Report of the Indian Hemp Drugs Commission, 1894-1895 - Volume IV
Year: 1894
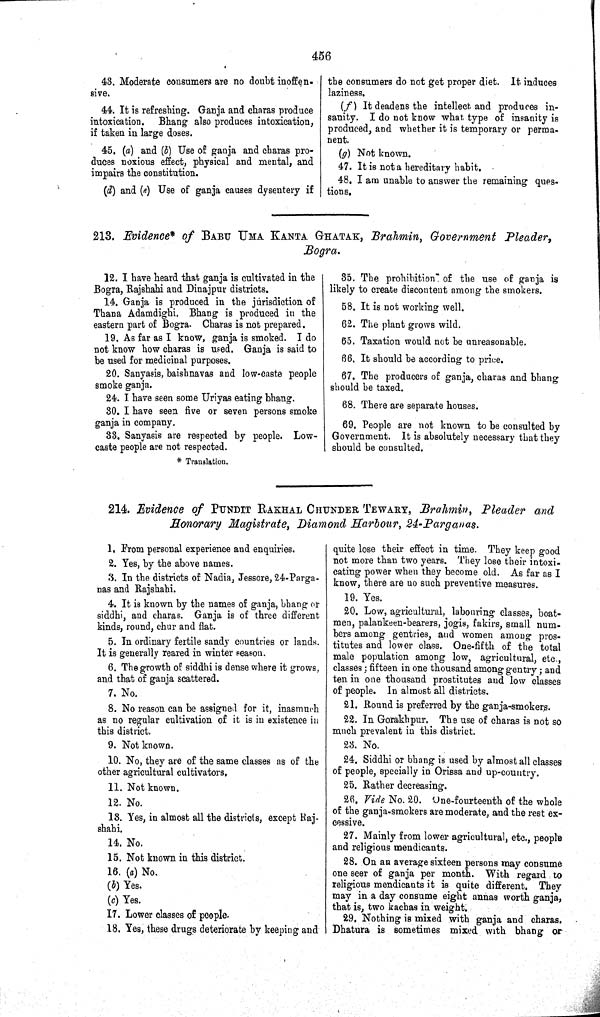
456
43. Moderate consumers are no doubt inoffen-
sive.
44. It is refreshing. Ganja and charas produce
intoxication. Bhang also produces intoxication,
if taken in large doses.
45. (a) and (b) Use of ganja and charas pro-
duces noxious effect, physical and mental, and
impairs the constitution.
(d) and (e) Use of ganja causes dysentery if
the consumers do not get proper diet. It induces
laziness.
(f) It deadens the intellect and produces in-
sanity. I do not know what type of insanity is
produced, and whether it is temporary or perma-
nent.
(g) Not known.
47. It is not a hereditary habit.
48. I am unable to answer the remaining ques-
tions.
213. Evidence* of BABU UMA KANTA GHATAK, Brahmin, Government Pleader,
Bogra.
12. I have heard that ganja is cultivated in the
Bogra, Rajshahi and Dinajpur districts.
14. Ganja is produced in the jurisdiction of
Thana Adamdighi. Bhang is produced in the
eastern part of Bogra. Charas is not prepared.
19. As far as I know, ganja is smoked. I do
not know how charas is used. Ganja is said to
be used for medicinal purposes.
20. Sanyasis, baishnavas and low-caste people
smoke ganja.
24. I have seen some Uriyas eating bhang.
30. I have seen five or seven persons smoke
ganja in company.
33. Sanyasis are respected by people. Low-
caste people are not respected.
* Translation.
35. The prohibition of the use of ganja is
likely to create discontent among the smokers.
58. It is not working well.
62. The plant grows wild.
65. Taxation would not be unreasonable.
66. It should be according to price.
67. The producers of ganja, charas and bhang
should be taxed.
68. There are separate houses.
69. People are not known to be consulted by
Government. It is absolutely necessary that they
should be consulted.
214. Evidence of PUNDIT RAKHAL CHUNDER TEWARY, Brahmin, Pleader and
Honorary Magistrate, Diamond Harbour, 24-Parganas.
1. From personal experience and enquiries.
2. Yes, by the above names.
3. In the districts of Nadia, Jessore, 24-Parga-
nas and Rajshahi.
4. It is known by the names of ganja, bhang or
siddhi, and charas. Ganja is of three different
kinds, round, chur and flat.
5. In ordinary fertile sandy countries or lands.
It is generally reared in winter season.
6. The growth of siddhi is dense where it grows,
and that of ganja scattered.
7. No.
8. No reason can be assigned for it, inasmuch
as no regular cultivation of it is in existence in
this district.
9. Not known.
10. No, they are of the same classes as of the
other agricultural cultivators.
11. Not known.
12. No.
13. Yes, in almost all the districts, except Raj-
shahi.
14. No.
15. Not known in this district.
16. (a) No.
(b) Yes.
(c) Yes.
17. Lower classes of people.
18. Yes, these drugs deteriorate by keeping and
quite lose their effect in time. They keep good
not more than two years. They lose their intoxi-
cating power when they become old. As far as I
know, there are no such preventive measures.
19. Yes.
20. Low, agricultural, labouring classes, boat-
men, palankeen-bearers, jogis, fakirs, small num-
bers among gentries, and women among pros-
titutes and lower class. One-fifth of the total
male population among low, agricultural, etc.,
classes; fifteen in one thousand among gentry; and
ten in one thousand prostitutes and low classes
of people. In almost all districts.
21. Round is preferred by the ganja-smokers.
22. In Gorakhpur. The use of charas is not so
much prevalent in this district.
23. No.
24. Siddhi or bhang is used by almost all classes
of people, specially in Orissa and up-country.
25. Rather decreasing.
26. Vide No. 20. One-fourteenth of the whole
of the ganja-smokers are moderate, and the rest ex-
cessive.
27. Mainly from lower agricultural, etc., people
and religious mendicants.
28. On an average sixteen persons may consume
one seer of ganja per month. With regard to
religious mendicants it is quite different. They
may in a day consume eight annas worth ganja,
that is, two kachas in weight.
29. Nothing is mixed with ganja and charas.
Dhatura is sometimes mixed with bhang or